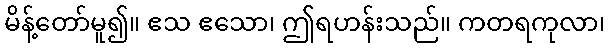
မိန့်တော်မူ၍။ ဧသ ဧသော၊ ဤရဟန်းသည်။ ကတရကုလာ၊